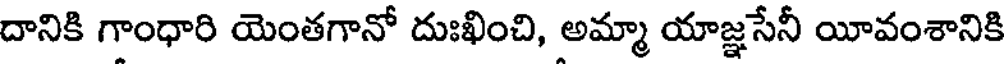
దానికి గాంధారి యెంతగానో దుఃఖించి, అమ్మా యాజ్ఞసేనీ యీవంశానికి